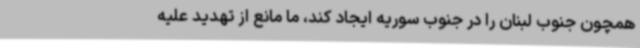
همچون جنوب لبنان را در جنوب سوریه ایجاد کند، ما مانع از تهدید علیه